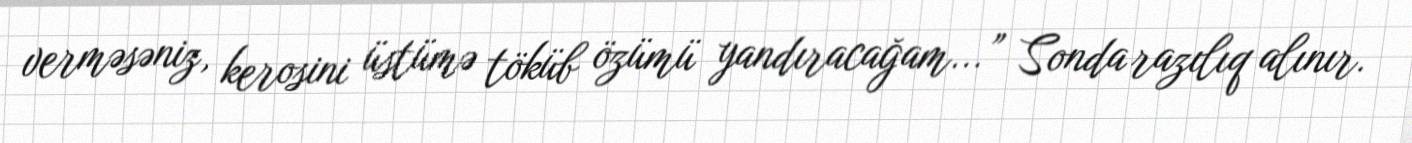
verməsəniz, kerosini üstümə töküb özümü yandıracağam...” Sonda razılıq alınır.